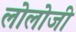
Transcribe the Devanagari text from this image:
लोलोजी